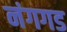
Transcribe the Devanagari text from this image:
नंगगड